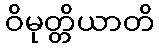
ဝိမုတ္တိယာတိ